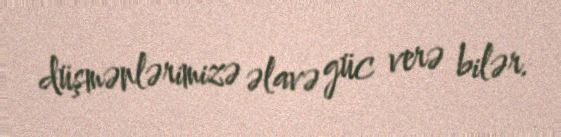
düşmənlərimizə əlavə güc verə bilər.